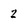
Character: 2